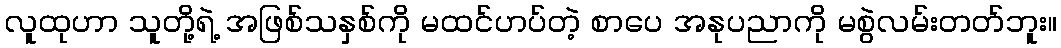
လူထုဟာ သူတို့ရဲ့ အဖြစ်သနှစ်ကို မထင်ဟပ်တဲ့ စာပေ အနုပညာကို မစွဲလမ်းတတ်ဘူး။